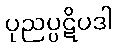
ပုညပ္ပဋိပဒါ